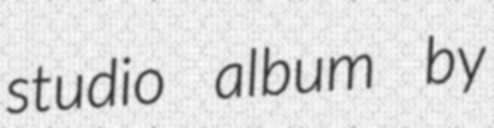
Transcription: studio album by